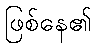
ဖြစ်နေ၏